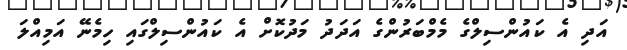
އަދި އެ ކައުންސިލްގެ މެމްބަރުންގެ އަދަދު މަދުކޮށް އެ ކައުންސިލްގައި ހިމެނޭ އަމިއްލަ